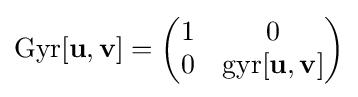
\mathrm {Gyr} [\mathbf {u} ,\mathbf {v} ]={\begin{pmatrix}1&0\\0&\mathrm {gyr} [\mathbf {u} ,\mathbf {v} ]\end{pmatrix}}